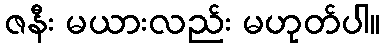
ဇနီး မယားလည်း မဟုတ်ပါ။